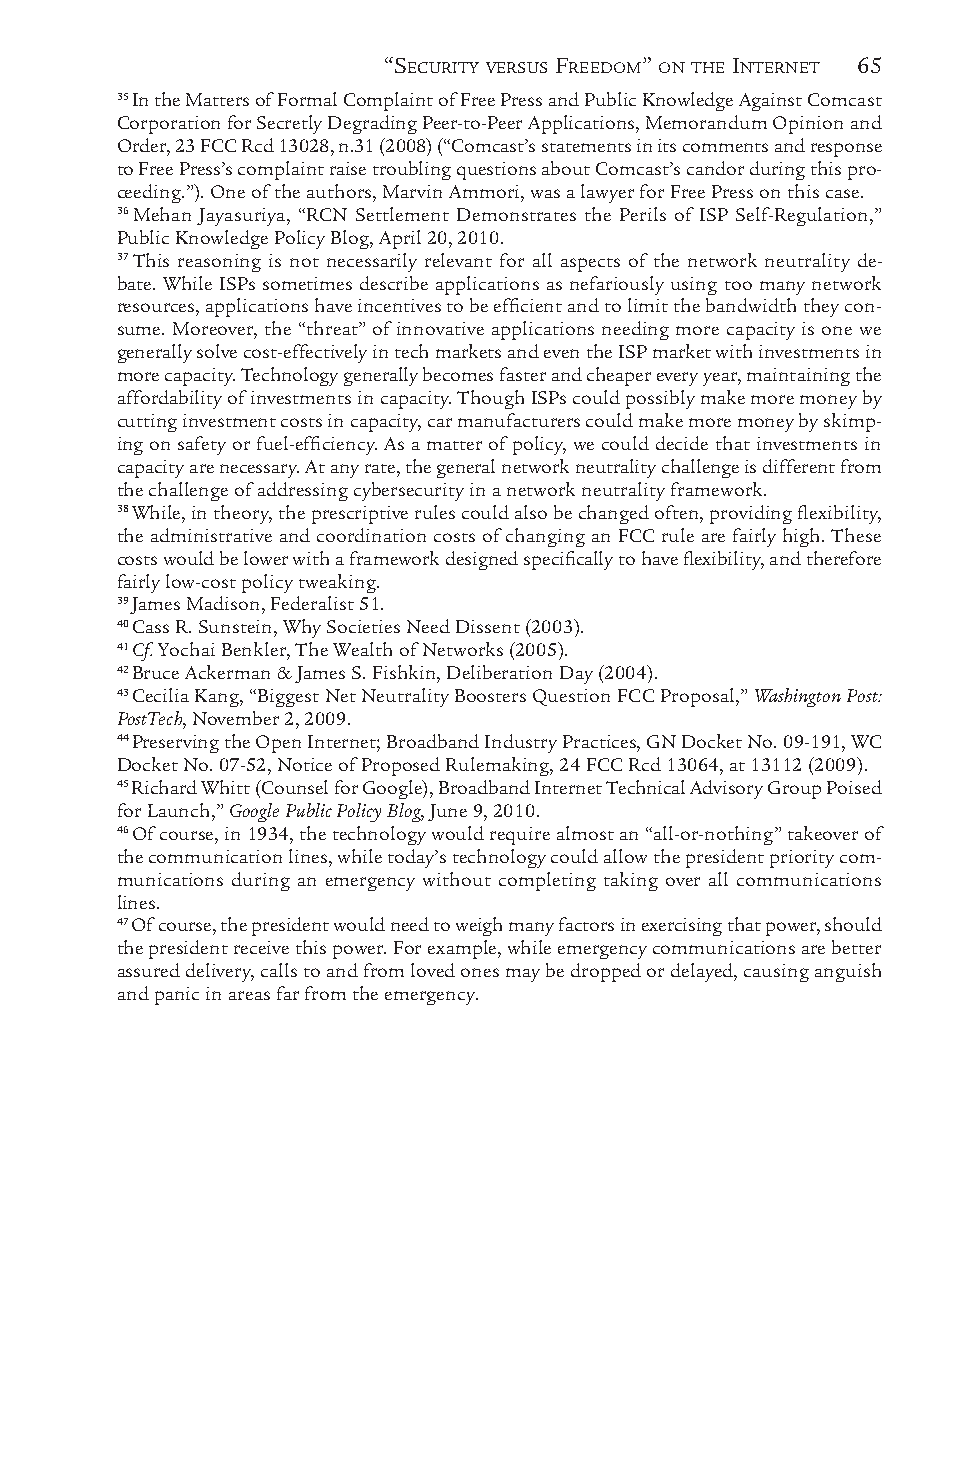
“SECURITY VERSUS FREEDOM” ON THE INTERNET 65
 35 In the Matters of Formal Complaint of Free Press and Public Knowledge Against Comcast
 Corporation for Secretly Degrading Peer-to-Peer Applications, Memorandum Opinion and
 Order, 23 FCC Rcd 13028, n.31 (2008) (“Comcast’s statements in its comments and response
 to Free Press’s complaint raise troubling questions about Comcast’s candor during this pro-
 ceeding.”). One of the authors, Marvin Ammori, was a lawyer for Free Press on this case.
 36 Mehan Jayasuriya, “RCN Settlement Demonstrates the Perils of ISP Self-Regulation,”
 Public Knowledge Policy Blog, April 20, 2010.
 37 This reasoning is not necessarily relevant for all aspects of the network neutrality de-
 bate. While ISPs sometimes describe applications as nefariously using too many network
 resources, applications have incentives to be efficient and to limit the bandwidth they con-
 sume. Moreover, the “threat” of innovative applications needing more capacity is one we
 generally solve cost-effectively in tech markets and even the ISP market with investments in
 more capacity. Technology generally becomes faster and cheaper every year, maintaining the
 affordability of investments in capacity. Though ISPs could possibly make more money by
 cutting investment costs in capacity, car manufacturers could make more money by skimp-
 ing on safety or fuel-efficiency. As a matter of policy, we could decide that investments in
 capacity are necessary. At any rate, the general network neutrality challenge is different from
 the challenge of addressing cybersecurity in a network neutrality framework.
 38 While, in theory, the prescriptive rules could also be changed often, providing flexibility,
 the administrative and coordination costs of changing an FCC rule are fairly high. These
 costs would be lower with a framework designed specifically to have flexibility, and therefore
 fairly low-cost policy tweaking.
 39 James Madison, Federalist 51.
 40 Cass R. Sunstein, Why Societies Need Dissent (2003).
 41 Cf. Yochai Benkler, The Wealth of Networks (2005).
 42 Bruce Ackerman & James S. Fishkin, Deliberation Day (2004).
 43 Cecilia Kang, “Biggest Net Neutrality Boosters Question FCC Proposal,” Washington Post:
 PostTech, November 2, 2009.
 44 Preserving the Open Internet; Broadband Industry Practices, GN Docket No. 09-191, WC
 Docket No. 07-52, Notice of Proposed Rulemaking, 24 FCC Rcd 13064, at 13112 (2009).
 45 Richard Whitt (Counsel for Google), Broadband Internet Technical Advisory Group Poised
 for Launch,” Google Public Policy Blog, June 9, 2010.
 46 Of course, in 1934, the technology would require almost an “all-or-nothing” takeover of
 the communication lines, while today’s technology could allow the president priority com-
 munications during an emergency without completing taking over all communications
 lines.
 47 Of course, the president would need to weigh many factors in exercising that power, should
 the president receive this power. For example, while emergency communications are better
 assured delivery, calls to and from loved ones may be dropped or delayed, causing anguish
 and panic in areas far from the emergency.